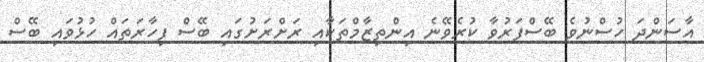
އާސަންދަ ހުސްނުވެ ބޭސްފަރުވާ ކުރެވޭނެ އިންތިޒާމްތަކާއި ރަށްރަށުގައި ބޭސް ފިހާރަތައް ހުޅުވައި ބޭސް